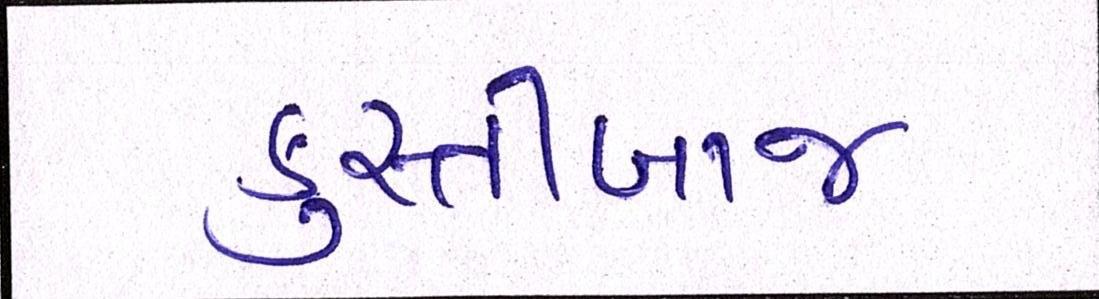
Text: કુસ્તીબાજ